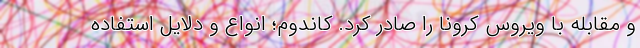
و مقابله با ویروس کرونا را صادر کرد. کاندوم؛ انواع و دلایل استفاده